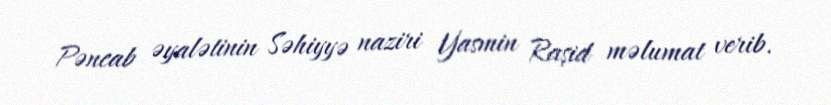
Pəncab əyalətinin Səhiyyə naziri Yasmin Raşid məlumat verib.